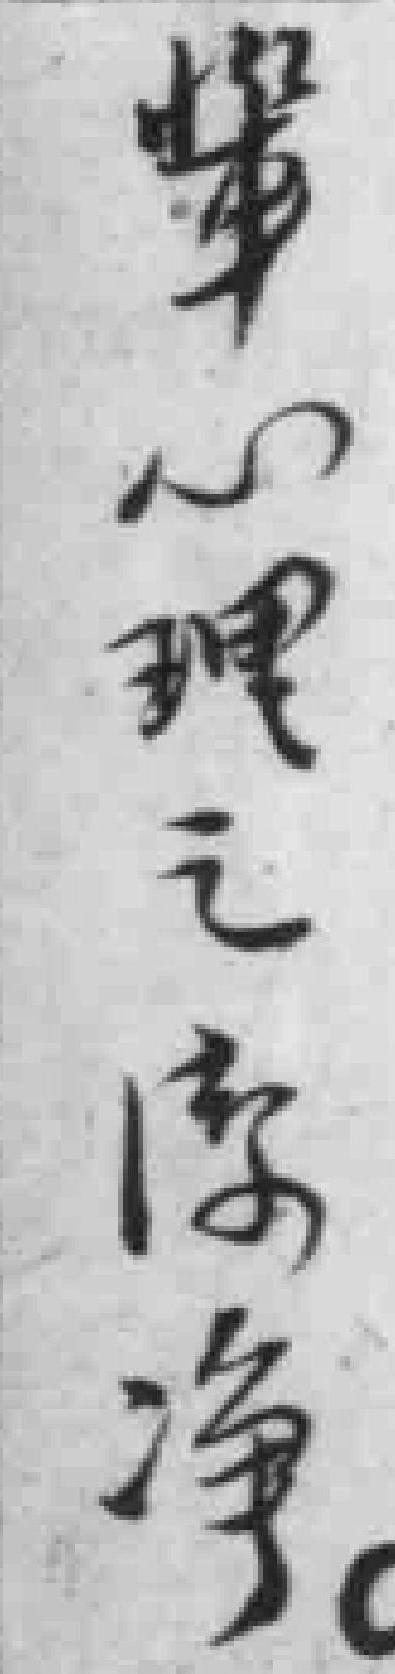
輩心理之潔净